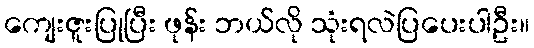
ကျေးဇူးပြုပြီး ဖုန်း ဘယ်လို သုံးရလဲပြပေးပါဦး။